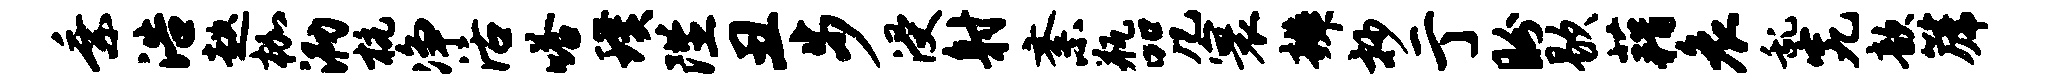
乘浩趑枷泐杭净活嗒璞陛丑步浸射紊瓶咒寰辨抄亍盼歇藉哀乱究歆篪